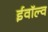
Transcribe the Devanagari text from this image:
ईवॉल्व